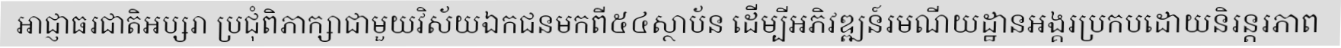
អាជ្ញាធរជាតិអប្សរា ប្រជុំពិភាក្សាជាមួយវិស័យឯកជនមកពី៥៤ស្ថាប័ន ដើម្បីអភិវឌ្ឍន៍រមណីយដ្ឋានអង្គរប្រកបដោយនិរន្តរភាព